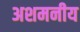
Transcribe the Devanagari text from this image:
अशमनीय